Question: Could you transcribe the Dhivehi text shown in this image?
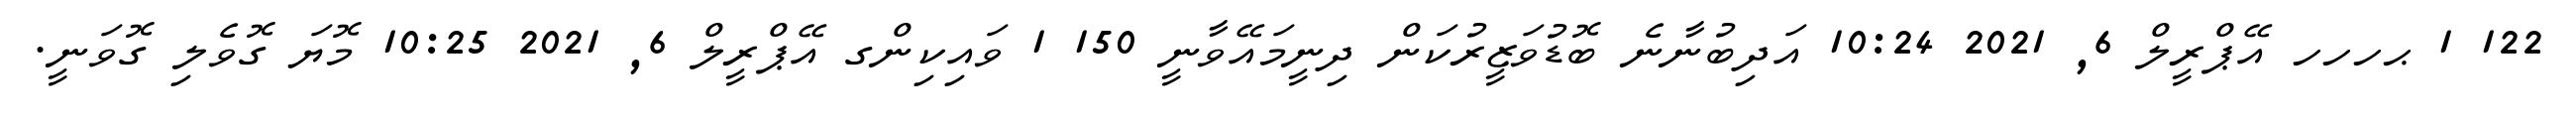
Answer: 122 1 ޙހހހ އޭޕްރީލް 6, 2021 10:24 އަދިބުނާނެ ބޮޑުވަޒީރުކަން ދިނީމައޭވާނީ 150 1 ވައިކިންގ އޭޕްރީލް 6, 2021 10:25 މޮޔަ ގޮވެލި ގޮވަނީ.